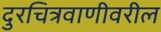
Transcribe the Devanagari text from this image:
दुरचित्रवाणीवरील